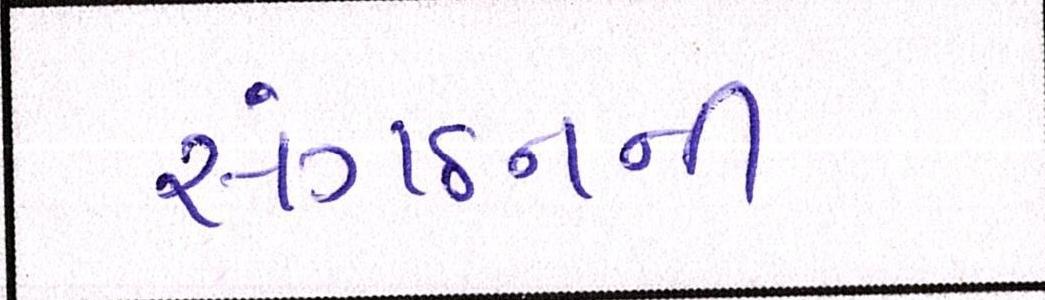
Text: સંગઠનની